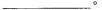
___。